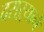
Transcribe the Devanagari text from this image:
दराऱ्याने